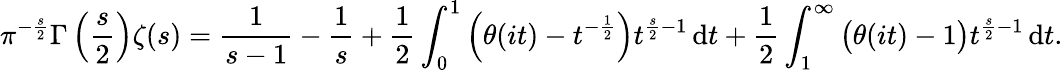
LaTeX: \pi^{-{\frac{s}{2}}}\Gamma\left({\frac{s}{2}}\right)\zeta(s)={\frac{1}{s-1}}-{\frac{1}{s}}+{\frac{1}{2}}\int_{0}^{1}\left(\theta(it)-t^{-{\frac{1}{2}}}\right)t^{{\frac{s}{2}}-1}\, \mathrm{d}t+{\frac{1}{2}}\int_{1}^{\infty}{\bigl(}\theta(it)-1{\bigr)}t^{{\frac{s}{2}}-1}\, \mathrm{d}t.